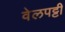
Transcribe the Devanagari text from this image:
वेलपट्टी